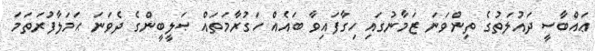
ޢައްބާސީ ދައުލަތުގެ ތިންވަނަ ޒަމާނުގައި ހިގާފައިވާ ބައެއް ހަގުރާމަތައް ޞަލީބީންގެ ދެވަނަ ޙަމަލާފުރަތަމަ